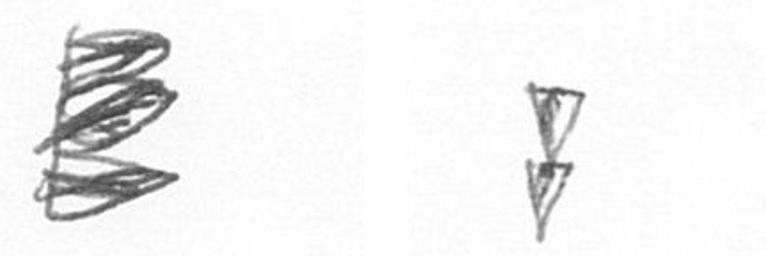
H Z